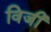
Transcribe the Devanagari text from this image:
विजी